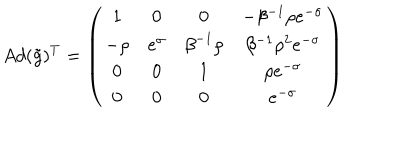
LaTeX: A d ( \tilde { g } ) ^ { T } = \left( \begin{matrix} { { 1 } } & { { 0 } } & { { 0 } } & { { - \beta ^ { - 1 } \rho e ^ { - \sigma } } } \\ { { - \rho } } & { { e ^ { \sigma } } } & { { { \beta } ^ { - 1 } { \rho } } } & { { \beta ^ { - 1 } \rho ^ { 2 } e ^ { - \sigma } } } \\ { { 0 } } & { { 0 } } & { { 1 } } & { { { \rho } { e ^ { - \sigma } } } } \\ { { 0 } } & { { 0 } } & { { 0 } } & { { e ^ { - \sigma } } } \\ \end{matrix} \right)